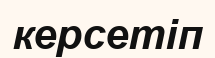
керсетіп